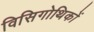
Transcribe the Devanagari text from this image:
विसिगोथिकों